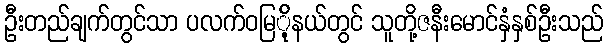
ဦးတည်ချက်တွင်သာ ပလက်ဝမြ်ို့နယ်တွင် သူတို့ဇနီးမောင်နှံနှစ်ဦးသည်